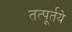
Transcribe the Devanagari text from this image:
तत्पूर्तये